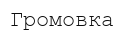
Громовка